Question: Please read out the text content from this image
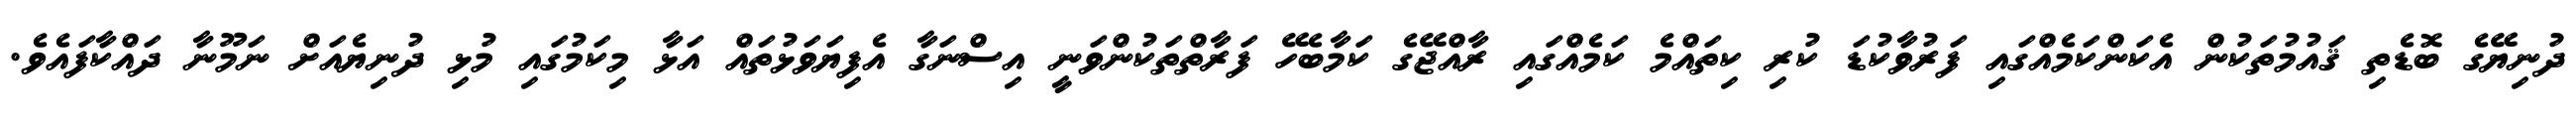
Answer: ދުނިޔޭގެ ބޮޑެތި ޤައުމުތަކުން އެކަންކަމެއްގައި ފަރުވާކުޑަ ކުރި ކިތައްމެ ކަމެއްގައި ރާއްޖޭގެ ކަމާބެހޭ ފަރާތްތަކުންވަނީ އިސްނަގާ އެފިޔަވަޅުތައް އަޅާ މިކަމުގައި މުޅި ދުނިޔެއަށް ނަމޫނާ ދައްކާފައެވެ.